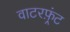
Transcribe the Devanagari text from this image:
वाटरफ़्रंट